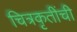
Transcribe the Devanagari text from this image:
चित्रकृतींची